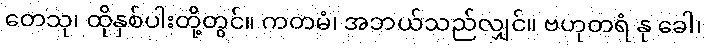
တေသု၊ ထိုနှစ်ပါးတို့တွင်။ ကတမံ၊ အဘယ်သည်လျှင်။ ဗဟုတရံ နု ခေါ၊